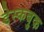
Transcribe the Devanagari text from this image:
डेस्कबुक